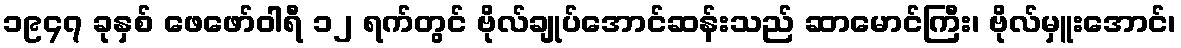
၁၉၄၇ ခုနှစ် ဖေဖော်ဝါရီ ၁၂ ရက်တွင် ဗိုလ်ချုပ်အောင်ဆန်းသည် ဆာမောင်ကြီး၊ ဗိုလ်မှူးအောင်၊